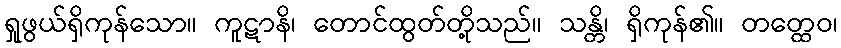
ရှုဖွယ်ရှိကုန်သော။ ကူဋာနိ၊ တောင်ထွတ်တို့သည်။ သန္တိ၊ ရှိကုန်၏။ တတ္ထေဝ၊